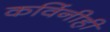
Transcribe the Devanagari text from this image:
कविंनीही